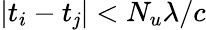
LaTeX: \left|t_{i}-t_{\mathit{j}}\right|<N_{u}\lambda/c